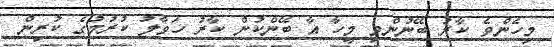
މިހެންވެ ކާރު ބޭނުންވި މީހާ އާ ބޭންކުން ކާރު ހަވާލު ކުރުމުގެ ކުރިން